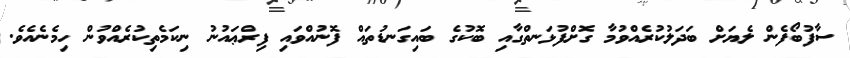
ސާފުބޯފެން ލެޔަށް ބަދަލުކުރެއްވުމާ ގޮށްފުޅަނތްގާއި ބޮކުގެ ބައިގަނޑުތައް ފޮނުއްވައި ފިރްޢައުނު ނިކަމެތިކުރެއްވުން ހިމެނެއެވެ.